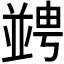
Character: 𠁔